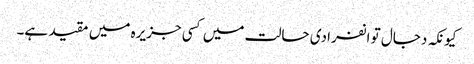
کیونکہ دجال تو انفرادی حالت میں کسی جزیرہ میں مقید ہے۔